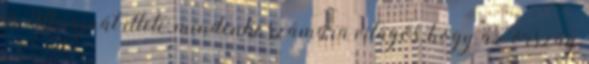
és Ukrajnát illeti: mindenki számára világos, hogy az ország